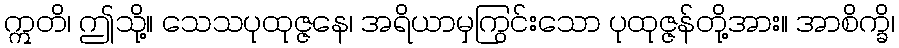
ဣတိ၊ ဤသို့။ သေသပုထုဇ္ဇနေ၊ အရိယာမှကြွင်းသော ပုထုဇ္ဇန်တို့အား။ အာစိက္ခိ၊